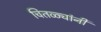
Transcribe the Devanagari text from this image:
चितळ्यांनी